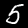
Label: 5